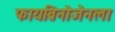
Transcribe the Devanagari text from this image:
फायब्रिनोजेनला